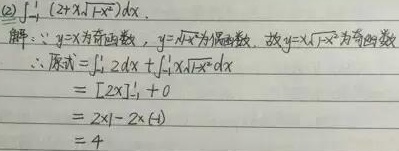
(2) \(\int_{-1}^{1}(2x + x\sqrt{1 - x^{2}})dx\)。
解：因为\(y = x\)为奇函数，\(y=\sqrt{1 - x^{2}}\)为偶函数，故\(y = x\sqrt{1 - x^{2}}\)为奇函数。
所以原式\(=\int_{-1}^{1}2x dx+\int_{-1}^{1}x\sqrt{1 - x^{2}}dx\)
\(=\left[2\times\frac{1}{2}x^{2}\right]_{-1}^{1}+ 0\)
\(=1 - 1\)
\(= 0\)